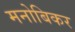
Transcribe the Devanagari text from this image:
मनोबिकर